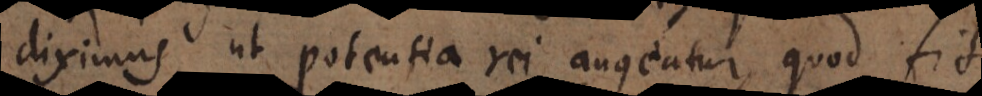
diximus, ut potentia rei augeatur, quod fit